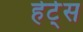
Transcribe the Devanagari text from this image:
हेर्ट्‌स